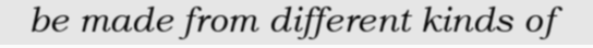
be made from different kinds of